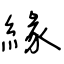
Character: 緣